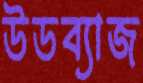
উডব্যাজ